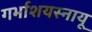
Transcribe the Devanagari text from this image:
गर्भाशयस्नायू